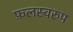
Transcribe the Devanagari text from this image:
फ़लस्वरुप